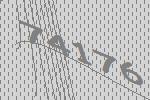
74176